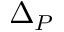
\Delta _ { P }